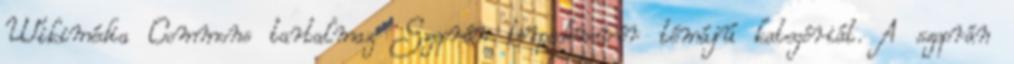
Wikimédia Commons tartalmaz Szoprán törpedenevér témájú kategóriát. A szoprán